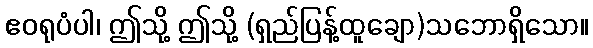
ဧဝရုပံပါ၊ ဤသို့ ဤသို့ (ရှည်ပြန့်ထူချော)သဘောရှိသော။